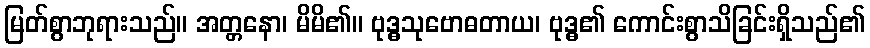
မြတ်စွာဘုရားသည်။ အတ္တနော၊ မိမိ၏။ ဗုဒ္ဓသုဗောဓတာယ၊ ဗုဒ္ဓ၏ ကောင်းစွာသိခြင်းရှိသည်၏